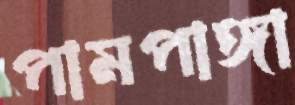
পামপাঙ্গা